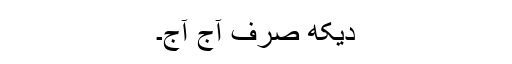
دیکھ صرف آج آج۔